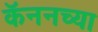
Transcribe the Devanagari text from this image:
कॅननच्या